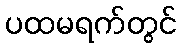
ပထမရက်တွင်